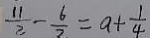
\frac { 1 1 } { 3 } - \frac { 6 } { 2 } = a + \frac { 1 } { 4 }